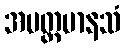
အပတ္တမာနသံ